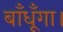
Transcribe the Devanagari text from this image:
बाँधूँगा।